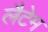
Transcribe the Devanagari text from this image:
लैटेम